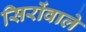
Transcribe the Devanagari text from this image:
सिरोंवाले